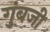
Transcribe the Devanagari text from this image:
गुंबजी